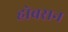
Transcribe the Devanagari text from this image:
होबसन